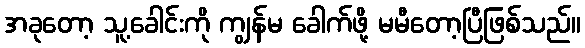
အခုတော့ သူ့ခေါင်းကို ကျွန်မ ခေါက်ဖို့ မမီတော့ပြီဖြစ်သည်။